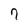
Character: 7